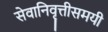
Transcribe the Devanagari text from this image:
सेवानिवृत्तीसमयी